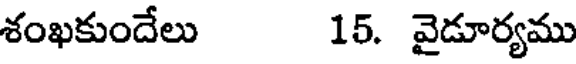
శంఖకుందేలు 15. వైడూర్యము